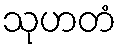
သုဟတံ